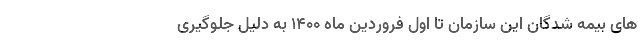
های بیمه شدگان این سازمان تا اول فروردین ماه ١٤٠٠ به دلیل جلوگیری